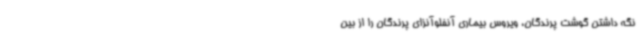
نگه داشتن گوشت پرندگان، ویروس بیماری آنفلوآنزای پرندگان را از بین